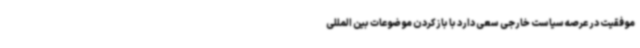
موفقیت در عرصه سیاست خارجی سعی دارد با بازکردن موضوعات بین المللی